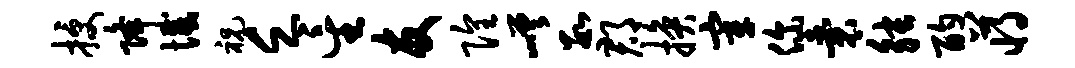
授降憾祝乏星友隍嵯数郡换宰你囊觖酌蒋